Lunatic asylums Burma 1907-21 - 1907-1921
Year: 1907
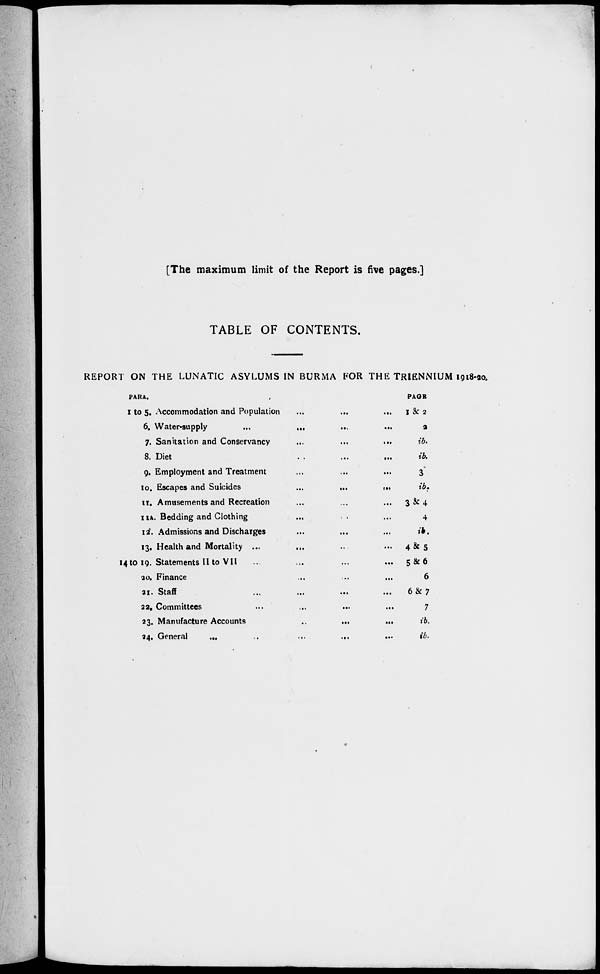
[The maximum limit of the Report is five pages.]
TABLE OF CONTENTS.
REPORT ON THE LUNATIC ASYLUMS IN BURMA FOR THE TRIENNIUM 1918-20.
PARA.
1 to 5.
6.
7.
8.
9.
10.
11.
11A.
12.
13.
14 to 19.
20.
21.
22.
23.
24.
Accommodation and Population ... ... ...
Water-supply ... ... ...
Sanitation and Conservancy
...
...
...
...
Diet ... ... ... ...
Employment and Treatment ... ... ...
Escapes and Suicides
...
...
...
Amusements and Recreation ... ... ...
Bedding and Clothing ... ... ...
Admissions and Discharges ... ... ...
Health and Mortality ... ... ...
Statements II to VII
...
...
...
...
Finance ... ... ... ... ...
Staff
...
...
...
...
...
Committees ... ... ... ... ...
Manufacture Accounts
...
...
...
General
...
..
...
...
PAGE
1 & 2
2
ib.
ib.
3
ib.
3&4
4
ib.
4&5
5&6
6
6&7
7
ib.
ib.